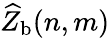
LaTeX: \widehat{Z}_{\mathrm{b}}(n,m)